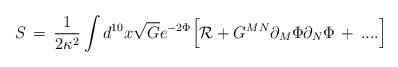
\begin{align*}S \,=\, {1\over 2 \kappa^2} \int d^{10}x \sqrt{G} e^{-2\Phi} \Big[{\cal R} + G^{MN} \partial_M \Phi \partial_N \Phi \,+\, ....\Big]\end{align*}